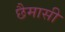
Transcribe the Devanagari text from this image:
छैमासी